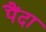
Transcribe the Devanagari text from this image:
पैंदा